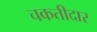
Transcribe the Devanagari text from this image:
चकतीदार